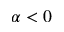
\alpha < 0